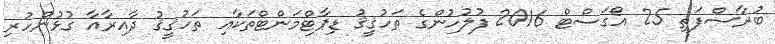
ބުރާސްފަތި 25 އޯގަސްޓް 2016 ފުލުހުންގެ ތަހުޤީޤު ޑިޕާޓްމަންޓްތަކާއި ތަހުޤީޤު ދާއިރާއާ ގުޅުންހުރި